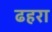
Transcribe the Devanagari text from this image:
ढहरा